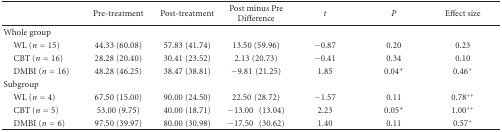
<table><thead><tr><td></td><td><b>Pre-treatment</b></td><td><b>Post-treatment</b></td><td><b>Post minus Pre Difference</b></td><td><b><i>t</i></b></td><td><b><i>P</i></b></td><td><b>Effect size</b></td></tr></thead><tbody><tr><td>Whole group</td><td></td><td></td><td></td><td></td><td></td><td></td></tr><tr><td> WL (<i>n</i> = 15)</td><td>44.33 (60.08)</td><td>57.83 (41.74)</td><td>13.50 (59.96)</td><td>−0.87</td><td>0.20</td><td>0.23</td></tr><tr><td> CBT (<i>n</i> = 16)</td><td>28.28 (20.40)</td><td>30.41 (23.52)</td><td>2.13 (20.73)</td><td>−0.41</td><td>0.34</td><td>0.10</td></tr><tr><td> DMBI (<i>n</i> = 16)</td><td>48.28 (46.25)</td><td>38.47 (38.81)</td><td>−9.81(21.25)</td><td>1.85</td><td>0.04*</td><td>0.46<sup>+</sup></td></tr><tr><td>Subgroup</td><td></td><td></td><td></td><td></td><td></td><td></td></tr><tr><td> WL (<i>n</i> = 4)</td><td>67.50 (15.00)</td><td>90.00 (24.50)</td><td>22.50(28.72)</td><td>−1.57</td><td>0.11</td><td>0.78<sup>++</sup></td></tr><tr><td> CBT (<i>n</i> = 5)</td><td>53.00 (9.75)</td><td>40.00 (18.71)</td><td>−13.00 (13.04)</td><td>2.23</td><td>0.05*</td><td>1.00<sup>++</sup></td></tr><tr><td> DMBI (<i>n</i> = 6)</td><td>97.50 (39.97)</td><td>80.00 (30.98)</td><td>−17.50 (30.62)</td><td>1.40</td><td>0.11</td><td>0.57<sup>+</sup></td></tr></tbody></table>